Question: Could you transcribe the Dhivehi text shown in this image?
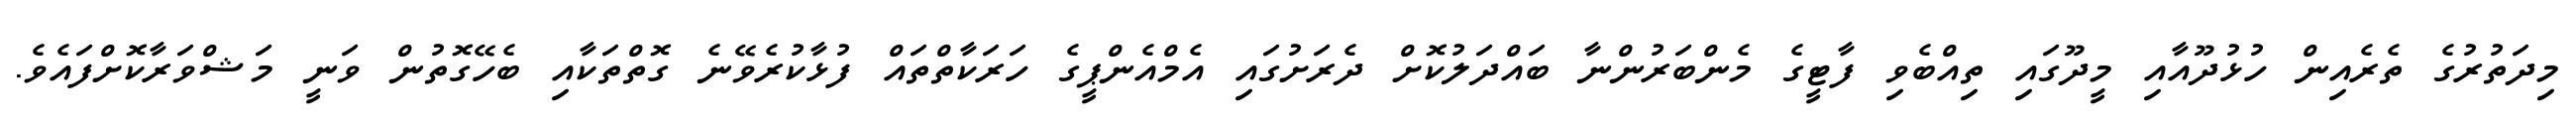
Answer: މިދަތުރުގެ ތެރެއިން ހުޅުދޫއާއި މީދޫގައި ތިއްބެވި ފާޓީގެ މެންބަރުންނާ ބައްދަލުކޮށް ދެރަށުގައި އެމްއެންޕީގެ ހަރަކާތްތައް ފުޅާކުރެވޭނެ ގޮތްތަކާއި ބެހޭގޮތުން ވަނީ މަޝްވަރާކޮށްފައެވެ.